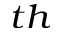
^ { t h }